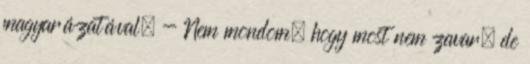
magyarázatával. - Nem mondom, hogy most nem zavar, de